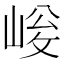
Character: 𡹀